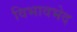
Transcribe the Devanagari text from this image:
विभावभेद